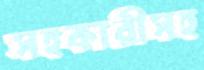
সহকারীসহ